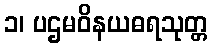
၁၊ ပဌမဝိနယဓရသုတ္တ